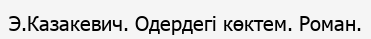
Э.Казакевич. Одердегі көктем. Роман.